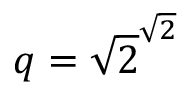
q = { \sqrt { 2 } } ^ { \sqrt { 2 } }